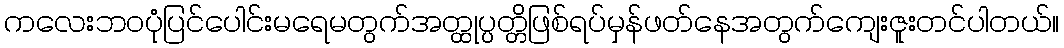
ကလေးဘဝပုံပြင်ပေါင်းမရေမတွက်အတ္ထုပ္ပတ္တိဖြစ်ရပ်မှန်ဖတ်နေအတွက်ကျေးဇူးတင်ပါတယ်။